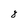
Character: 8